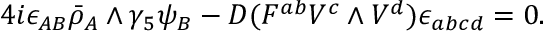
4 i \epsilon _ { A B } \bar { \rho } _ { A } \wedge \gamma _ { 5 } \psi _ { B } - { \cal D } ( F ^ { a b } V ^ { c } \wedge V ^ { d } ) \epsilon _ { a b c d } = 0 .